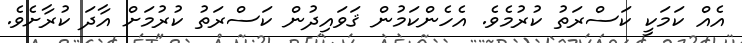
އެއް ކަމަކީ ކަސްރަތު ކުރުމެވެ. އެހެންކަމުން ޤަވައިދުން ކަސްރަތު ކުރުމަށް އާދަ ކުރާށެވެ.